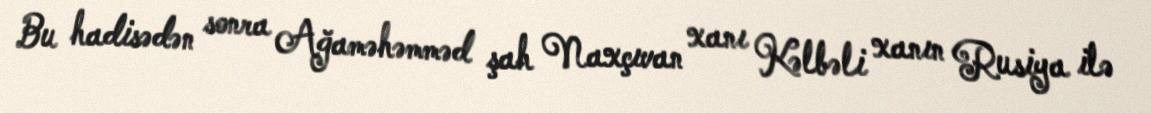
Bu hadisədən sonra Ağaməhəmməd şah Naxçıvan xanı Kəlbəli xanın Rusiya ilə